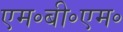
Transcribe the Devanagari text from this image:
एम॰बी॰एम॰